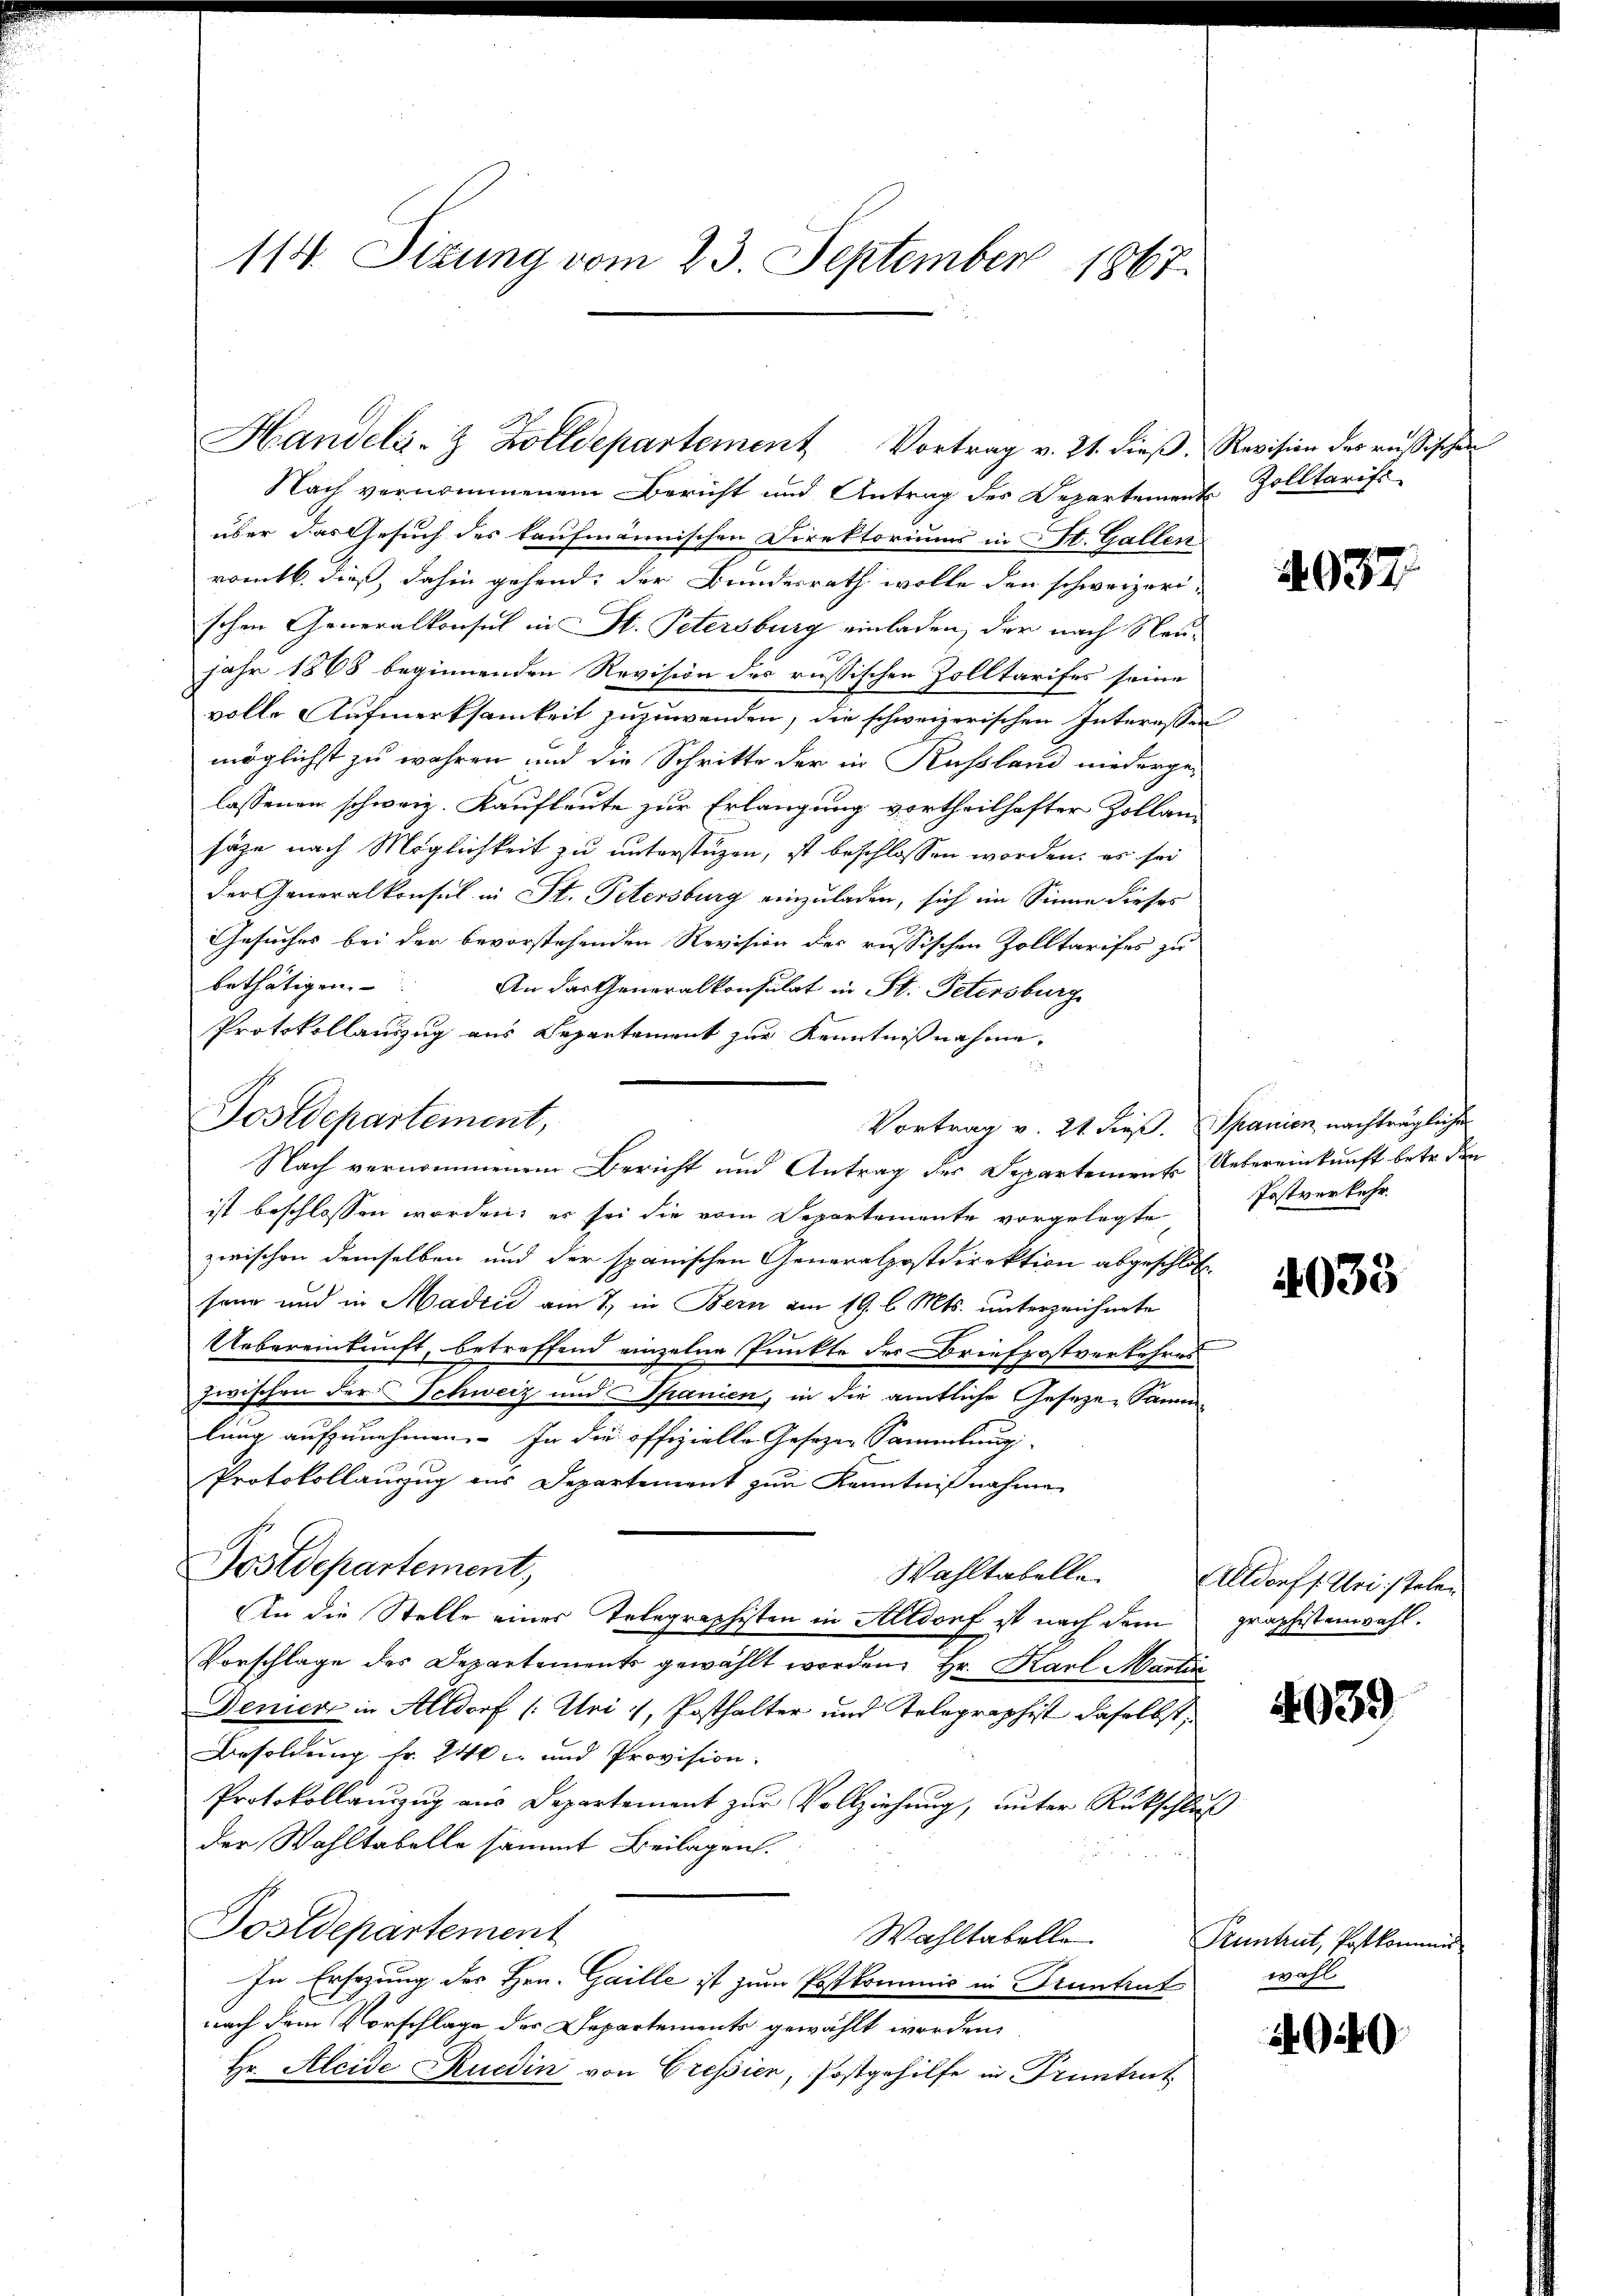
114. Sizung vom 23. September 1867.

Postdepartement,
Vortrag v. 21. dieß. Spanien nachträgliche
Nach vernommenem Bericht und Antrag der Departements Uebereinkunft betr. den

Nach vernommenem Bericht und Antrag des Departement
über das Gesuch des kaufmännischen Direktoriums in St. Gallen
romtb. dieß, dahin gehend, der Bundesrath wolle den schweizerischen Generalkonsul in St. Petersburg einladen, der nach Neujahr 1868 beginnenden Revision des russischen Zolltarifes seine
volle Aufmerksamkeit zuzuwenden, die schweizerischen Interessen
möglichst zu wahren und die Schritte der in Russland niederge-
lassenen schweiz. Kaufleute zur Erlangung vortheilhafter Zollansäze nach Möglichkeit zu unterstüzen, ist beschlossen worden, es sei
der Generalkonsul in St. Petersburg einzuladen, sich im Sinne dieses
Gesuches bei der bevorstehenden Revision der russischen Zolltarifes zu
bethätigen.
An das Generalkonsulat in St. Petersburg
Protokollauszug aus Separtement zur Kenntnißnahme.
ist beschlossen worden; er sei die vom Departemente vorgelegte
zwischen demselben und der spanischen Generalpostdirektion abgeschlos
sang und in Madrić am 7. in Bern am 19. l. Mts. unterzeichnete
Uebereinkunft, betreffend einzelne Punkte des Briefpostverkehres
zwischen der Schweiz und Spanien, in die amtliche Gesetze, Sammlung aufzunehmen. In die offizielle Gesetzen Sammlung
Protokollauzug aus Departement zur Kenntnißnahme
Postdepartement,
Wahltabelle
An die Stelle eines Telegraphisten in Altdorf ist nach dem
Vorschlage des Departements gewählt worden, Hr. Karl Marti
Deniert in Altdorf (Uri), Posthalter und Telegraphist daselbst,
Besoldung fr. 240 und Provision.
Protokollauszug aus Departement zur Vollziehung, unter Rückschluß
der Wahltabelle sammt Beilagen.
Postdepartement
Wahltabelle.
In Ersezung des Hrn. Gaille ist zum Postkommis in Grünhut
nach dem Vorschlage der Departements gewählt worden,
Hr. Alcide Rucdin von Gressier, Postgehilfe in Pruntrut

Handela-Z Zolldepartement Vortrag v. 21. dieβ. Revision der russischen

Zolltarifs

4937

Postverkehr

4033

Altdorf /: Uri :/ tolen
graphistenwahl.

4039

Pruntrut, Postkommi
wahl

2949